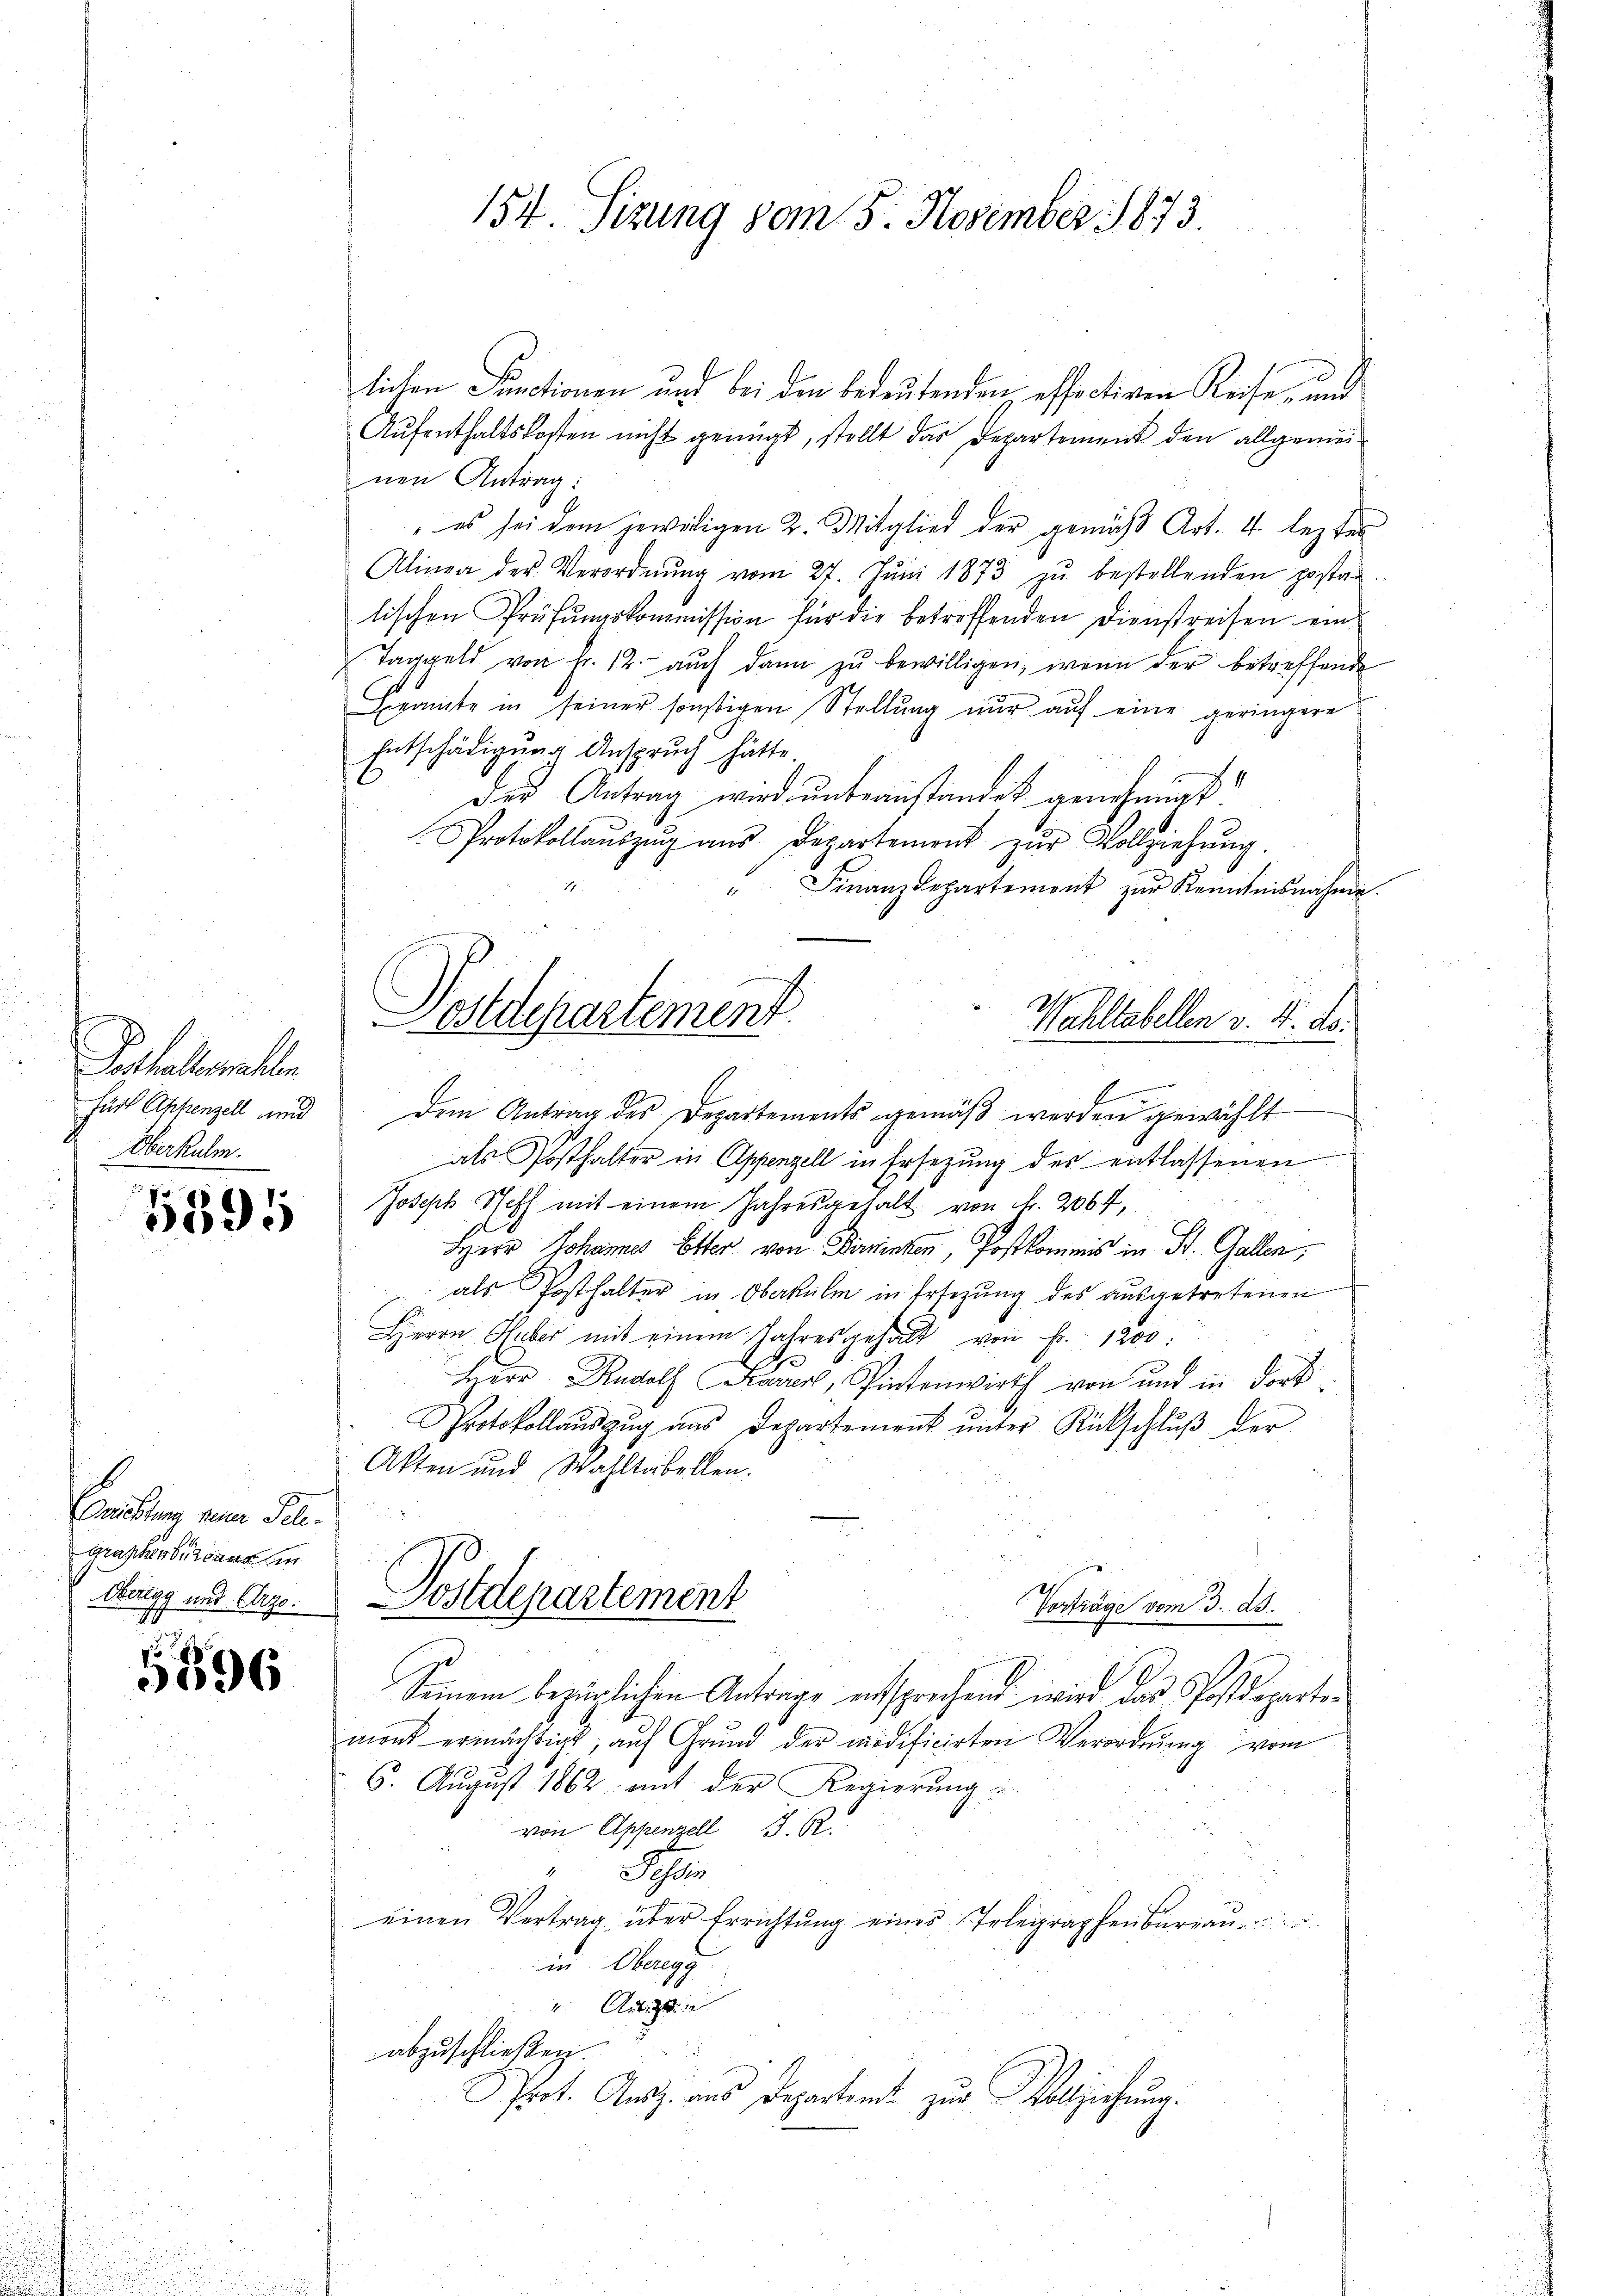
Gestellemahle
fürt Appenzell und
Überkulm.

5895

Beistung seine Pel.
graphenbureaus in
Oberegg und Erzo.

9
5096

154. Sizung vom 5. November 1873.

lichen Functionen und bei den bedeutenden effectiven Reise, und
Aufenthaltskosten nicht genügt, stellt das Departement den allgemeinen Antrag:
 es sei dem jeweiligen 2. Mitglied der gemäβ Art. 4 lezter
Alinea der Verordnŭng vom 27. Jŭni 1873 zŭ bestellenden postan
lischen Prüfŭngskommission für die betreffenden Dienstreisen ein¬
Taggeld von Fr. 12. aŭch dann zŭ bewilligen, wenn der betreffende
Beamte in seiner sonstigen Stellung nur auf eine geringere
Entschädigung Anspruch hätte
des Antrag wird ŭnbeanstandet genehmigt
Protokollaŭszŭg aŭs Departement zŭr Vollziehŭng.
Finanzdepartement zur Kenntnisnahme
Wahltabellen v. 4. ds.
dem Antrag des Departements gemäβ werden gewählt
als Posthalter in Appenzell in Ersezung des entlassenen
Joseph Schiff mit einem Jahresgehalt von Fr. 2064,
Herr Johannes Elter von Birmenken, Postkommnis in St. Gallen,
als Posthalter in Oberkulm in Ersezung des ausgetretenen
Herrn Huber mit einem Jahresgehalt von Fr. 1200.
Herr Rudolf Kaden, Pintenwirth von und in dort
Protokollaŭszŭg aus Departement ŭnter Rückschlŭβ der
Akten und Wahltabellen.
Postdepartement
Vorträge vom 3. ds.
Seinem bezüglichen Antrage entsprechend wird das Postdepartement ermächtigt, aŭf Grŭnd der modificirten Verordnŭng vom
6. August 1862 mit der Regierung u.
von Appenzell I. R.
Schler
einen Vertrag über Errichtung eines Telegraphenbureau
in Obrigg
Au
abzuschließen.
Prot. Ausz. aus Departent zur Vollziehung.

Postdepartement